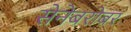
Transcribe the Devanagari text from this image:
सेनेबरोबर